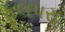
ફૂલપરા